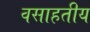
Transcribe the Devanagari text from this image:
वसाहतीय